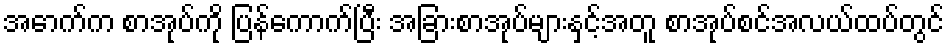
အောက်က စာအုပ်ကို ပြန်ကောက်ပြီး အခြားစာအုပ်များနှင့်အတူ စာအုပ်စင်အလယ်ထပ်တွင်